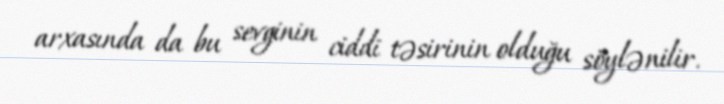
arxasında da bu sevginin ciddi təsirinin olduğu söylənilir.